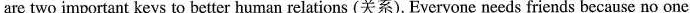
are two important keys to better human relations (关系). Everyone needs friends because no one